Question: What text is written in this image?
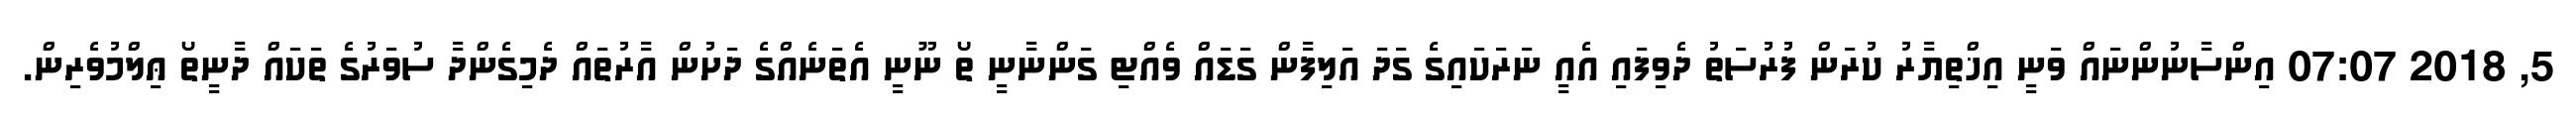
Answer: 5, 2018 07:07 އިންސާނުންނައް ވަނީ އިޚްތިޔާރު ކުރަން ފުރުސަތު ދެވިފައި އެއީ ނަރަކައިގެ ގަދަ އަލިފާން ގަޑައް ވެއްޓި ގަންނާނީ ތޯ ނޫނީ އެތަނެއްގެ ދަށުން އާރުތައް ދެމިގެންދާ ސުވަރުގެ ތަކައް ދާނީތޯ ޢިލްމުވެރިން.